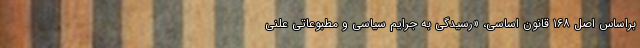
براساس اصل ۱۶۸ قانون اساسی، «رسیدگی به جرایم سیاسی و مطبوعاتی علنی